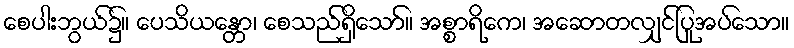
စေပါးဘွယ်၌။ ပေသိယန္တော၊ စေသည်ရှိသော်။ အစ္စာရိကေ၊ အဆောတလျှင်ပြုအပ်သော။